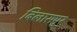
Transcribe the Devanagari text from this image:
बिलासपुर्